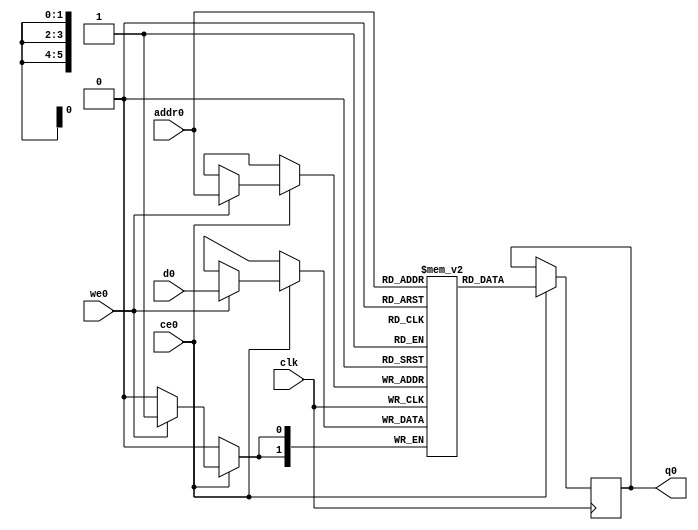
// ==============================================================
// Vitis HLS - High-Level Synthesis from C, C++ and OpenCL v2020.2 (64-bit)
// Copyright 1986-2020 Xilinx, Inc. All Rights Reserved.
// ==============================================================
`timescale 1 ns / 1 ps
module StreamingMaxPool_Batch_1_StreamingMaxPool_Precision_128u_2u_64u_ap_int_2_2_128_s_buf_V_0_ram (addr0, ce0, d0, we0, q0,  clk);

parameter DWIDTH = 2;
parameter AWIDTH = 6;
parameter MEM_SIZE = 64;

input[AWIDTH-1:0] addr0;
input ce0;
input[DWIDTH-1:0] d0;
input we0;
output reg[DWIDTH-1:0] q0;
input clk;

reg [DWIDTH-1:0] ram[0:MEM_SIZE-1];




always @(posedge clk)  
begin 
    if (ce0) begin
        if (we0) 
            ram[addr0] <= d0; 
        q0 <= ram[addr0];
    end
end


endmodule

`timescale 1 ns / 1 ps
module StreamingMaxPool_Batch_1_StreamingMaxPool_Precision_128u_2u_64u_ap_int_2_2_128_s_buf_V_0(
    reset,
    clk,
    address0,
    ce0,
    we0,
    d0,
    q0);

parameter DataWidth = 32'd2;
parameter AddressRange = 32'd64;
parameter AddressWidth = 32'd6;
input reset;
input clk;
input[AddressWidth - 1:0] address0;
input ce0;
input we0;
input[DataWidth - 1:0] d0;
output[DataWidth - 1:0] q0;



StreamingMaxPool_Batch_1_StreamingMaxPool_Precision_128u_2u_64u_ap_int_2_2_128_s_buf_V_0_ram StreamingMaxPool_Batch_1_StreamingMaxPool_Precision_128u_2u_64u_ap_int_2_2_128_s_buf_V_0_ram_U(
    .clk( clk ),
    .addr0( address0 ),
    .ce0( ce0 ),
    .we0( we0 ),
    .d0( d0 ),
    .q0( q0 ));

endmodule